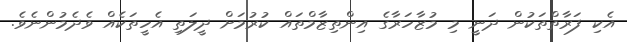
އެކި ފަރާތްތަކުން ދަނީ މި މުޒާހަރާގެ އިންތިޒާމްތައް ކުރުމަށް ދީލަތި އެހީތަކެއް ވެދެމުންނެވެ.